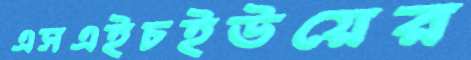
এসএইচইউয়ের